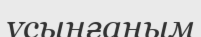
ұсынғаным